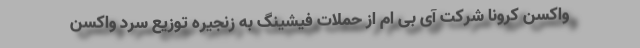
واکسن کرونا شرکت آی بی ام از حملات فیشینگ به زنجیره توزیع سرد واکسن